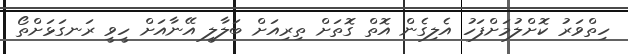
ހިތްވަރު ކޮށްލުމަށްފަހު އެލިގެން އޮތް ގޮތަށް ތިރިއަށް ބަލާލީ އޭނާއަށް ހީވީ ރަނގަޅަށްތޯ